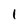
Character: 1